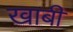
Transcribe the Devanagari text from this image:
खाबी